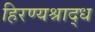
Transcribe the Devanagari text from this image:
हिरण्यश्राद्ध